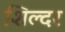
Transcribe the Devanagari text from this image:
शिल्दर